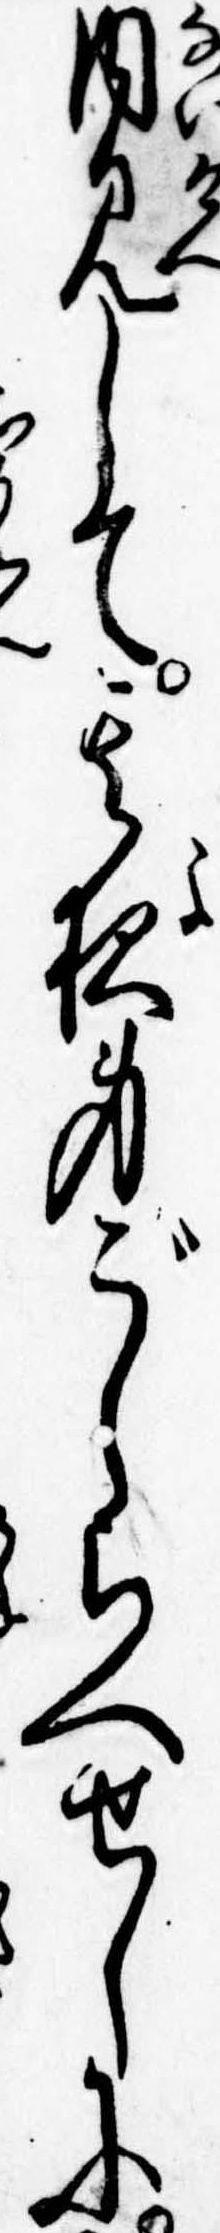
内見して其夜身ごしらへせしに